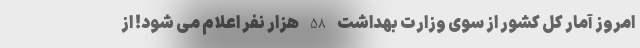
امروز آمار کل کشور از سوی وزارت بهداشت 58 هزار نفر اعلام می شود! از